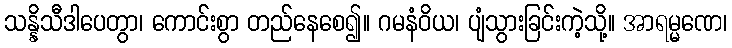
သန္နိသီဒါပေတွာ၊ ကောင်းစွာ တည်နေစေ၍။ ဂမနံဝိယ၊ ပျံသွားခြင်းကဲ့သို့။ အာရမ္မဏေ၊